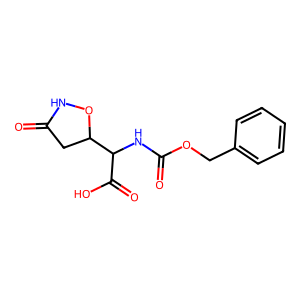
SMILES: O=C1CC(C(NC(=O)OCc2ccccc2)C(=O)O)ON1
Inhibits HIV replication: No